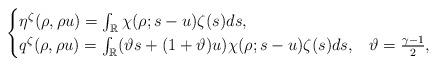
LaTeX: \begin{align*}\begin{cases}\eta^\zeta(\rho,\rho u)=\int_\mathbb{R}\chi(\rho;s-u)\zeta(s)ds, & \\q^\zeta(\rho,\rho u)=\int_\mathbb{R} (\vartheta s +(1+\vartheta)u)\chi(\rho;s-u)\zeta(s)ds, &\vartheta=\frac{\gamma-1}{2},\end{cases}\end{align*}